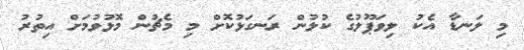
މި ލަނޑާ އެކު ލިވަޕޫލުގެ ކުޅުން ރަނގަޅުކޮށް މި މެޗުން މޮޅުވުމަށް އިތުރު